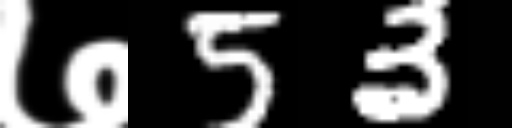
Text: ७53